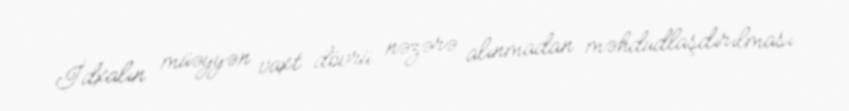
İdxalın müəyyən vaxt dövrü nəzərə alınmadan məhdudlaşdırılması